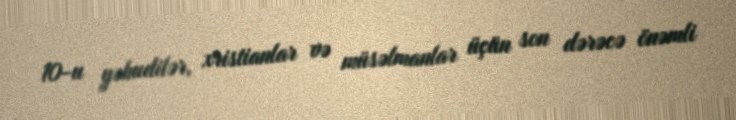
10-u yəhudilər, xristianlar və müsəlmanlar üçün son dərəcə önəmli